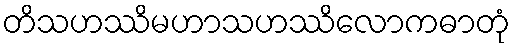
တိသဟဿိမဟာသဟဿိလောကဓာတုံ